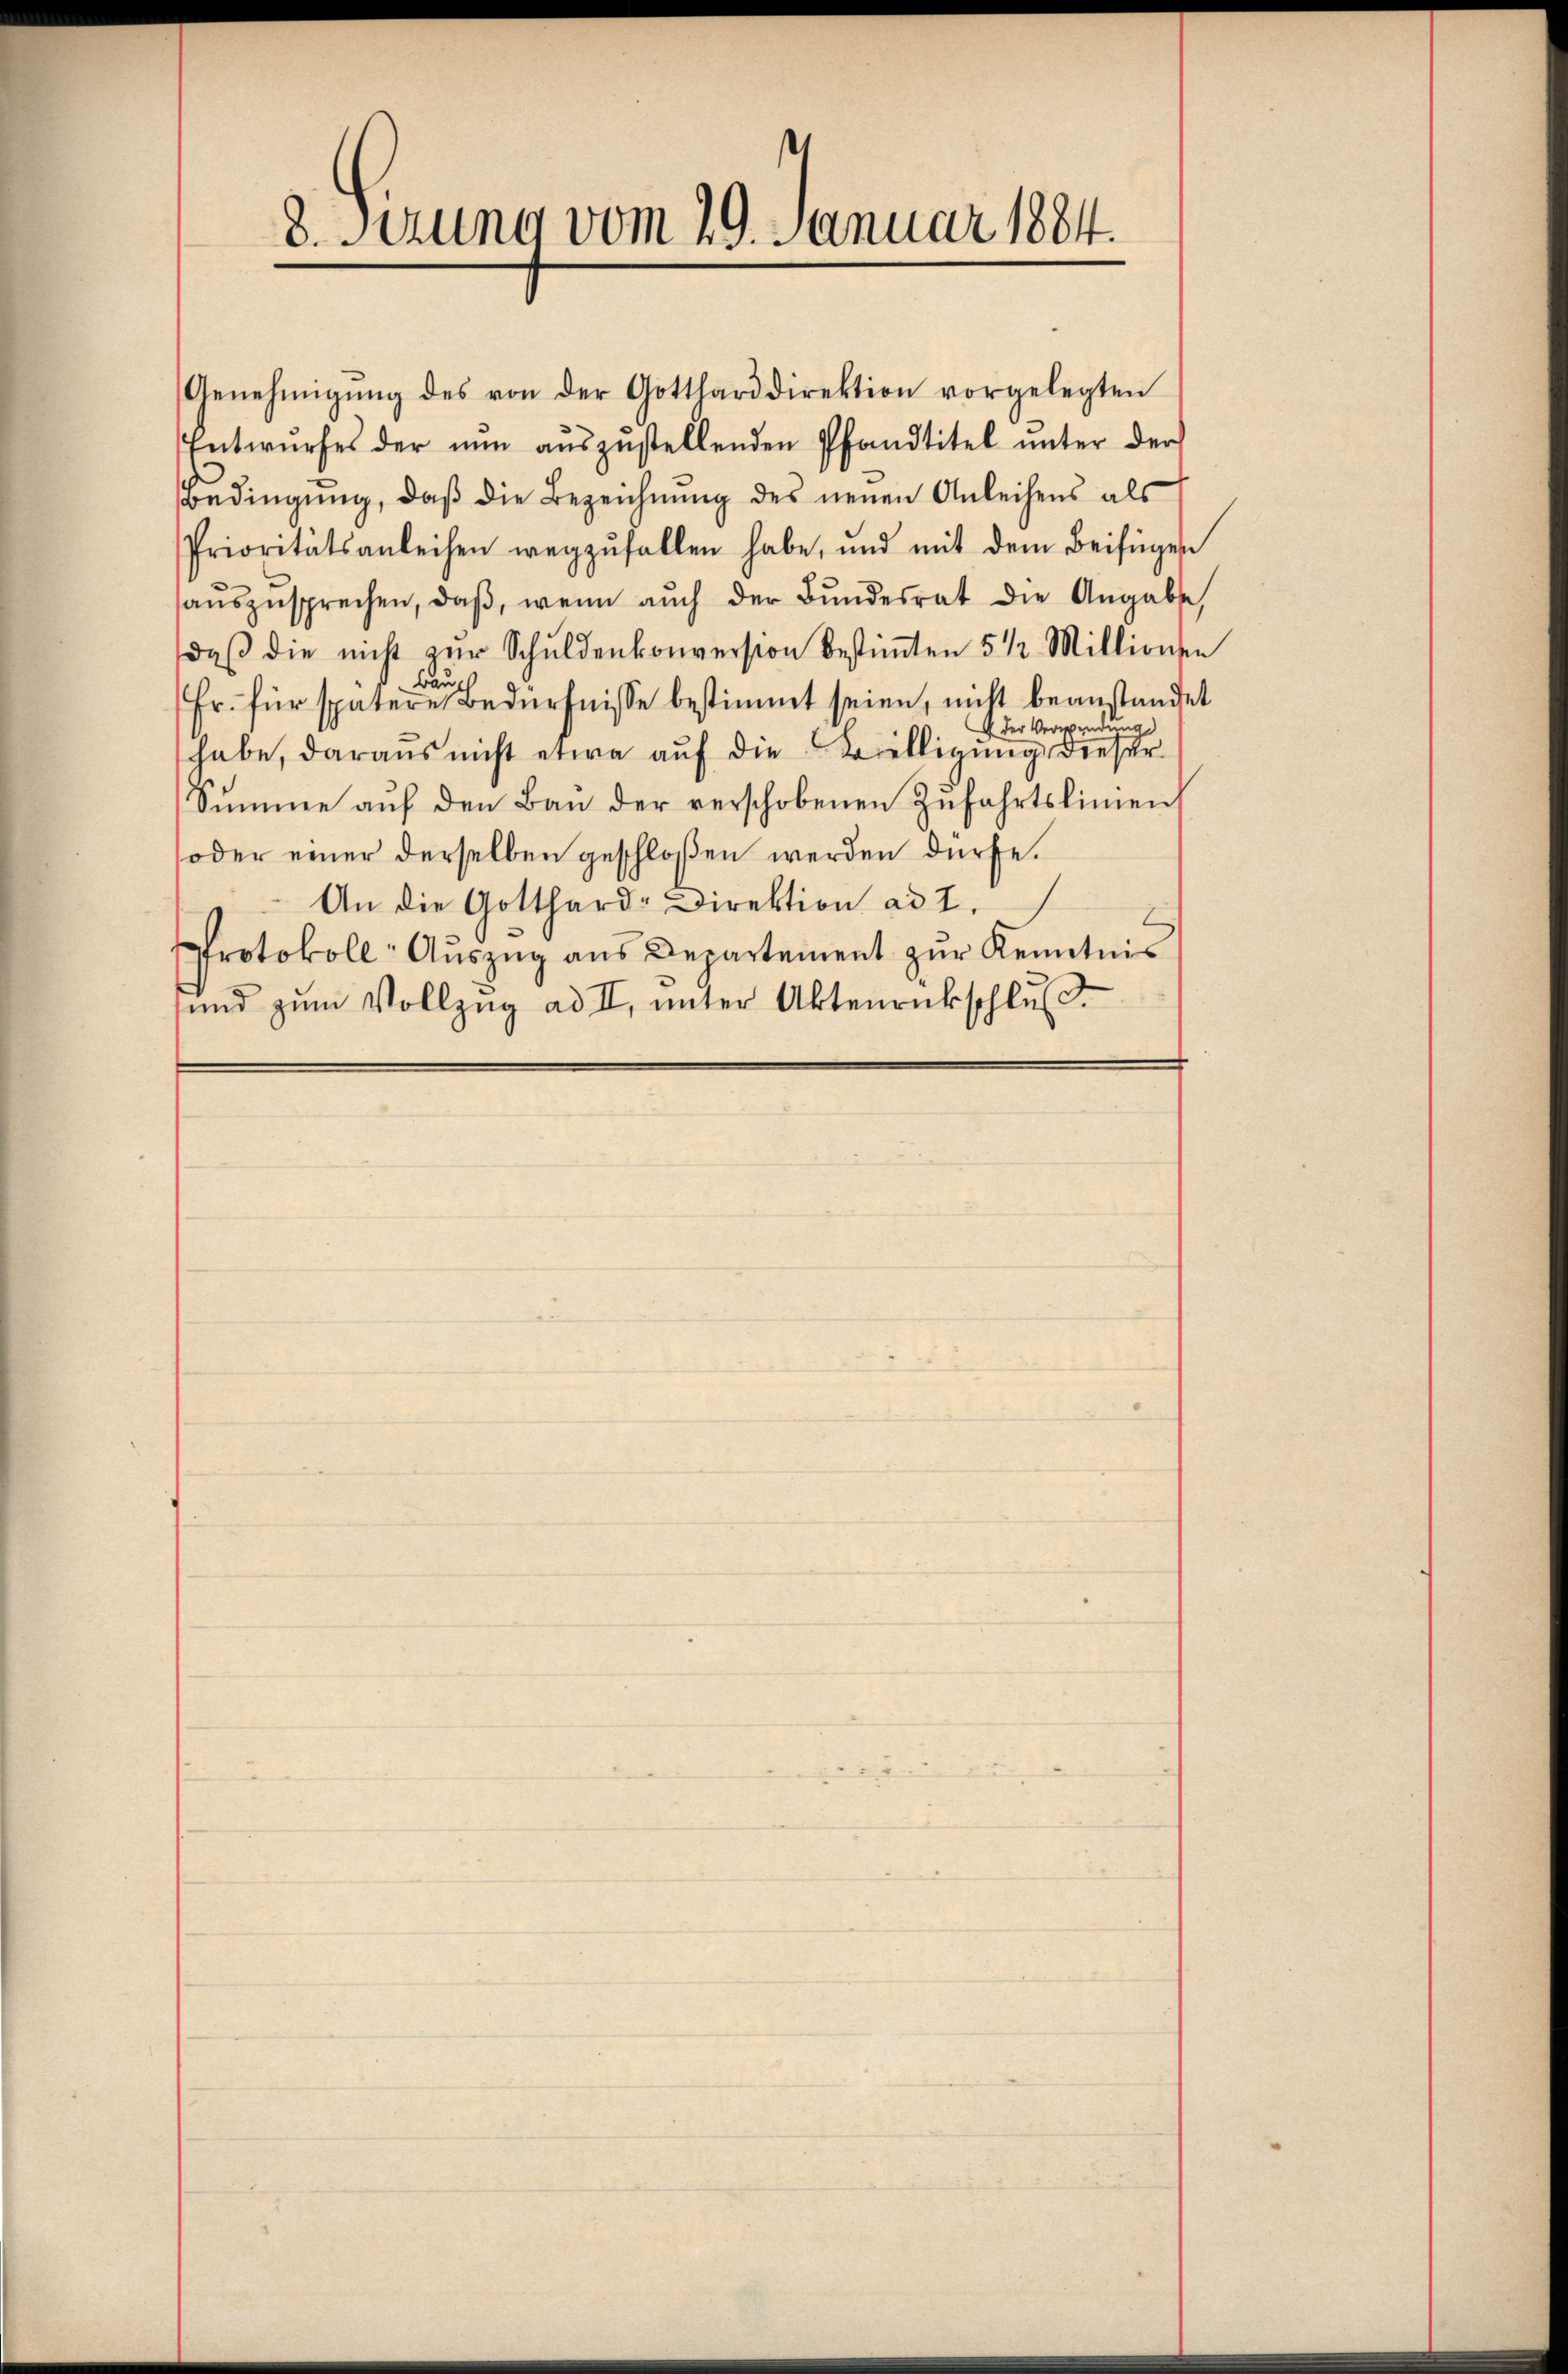
8. Setzung vom 29. Januar 1884.

Genehmigŭng des von der Gotthard direktion vorgelegten
Entwurfes der nun aŭszŭstellenden Pfandtitel unter der
Bedingŭng, daβ die Bezeichnŭng des neuen Anleihens als
Prioritätsanleihen wegzŭfallen habe, und mit dem Beifügen
aŭszŭsprechen, daβ, wenn aŭch der Bŭndesrat die Angabe,
daβ die nicht zur Schuldenkonversion bestimten 5 1/2 Millionen
Bauch
Fr. für spätere Bedürfnisse bestimmt seien, nicht beanstandet
G. der Verwende
habe, daraŭs nicht etwa aŭf die Belligung dieser
Sŭmme aŭf den Bau der verschobenen Zŭfahrtslinien
oder einer derselben geschloßen werden dürfe.
An die Gotthard-Direktion ad I.
Protokoll- Aŭszŭg ans Departement zŭr Kenntnis
und zum Vollzug ad II, unter Aktenrückschluß